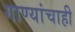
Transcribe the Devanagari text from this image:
गाण्यांचाही